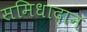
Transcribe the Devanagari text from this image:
समिधादान